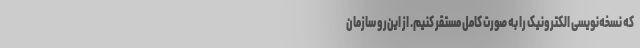
که نسخه‌نویسی الکترونیک را به صورت کامل مستقر کنیم. از این‌رو سازمان